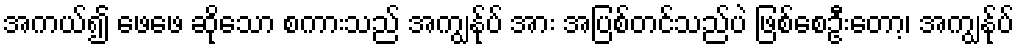
အကယ်၍ ဖေဖေ ဆိုသော စကားသည် အကျွန်ုပ် အား အပြစ်တင်သည်ပဲ ဖြစ်စေဦးတော့၊ အကျွန်ုပ်